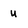
Character: u